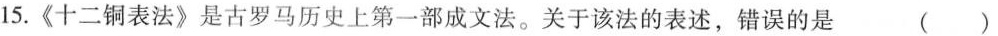
15.《十二铜表法》是古罗马历史上第一部成文法。关于该法的表述，错误的是 （）